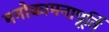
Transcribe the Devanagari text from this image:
मनोकामनापूर्ति